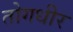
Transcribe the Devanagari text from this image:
तोगधीर